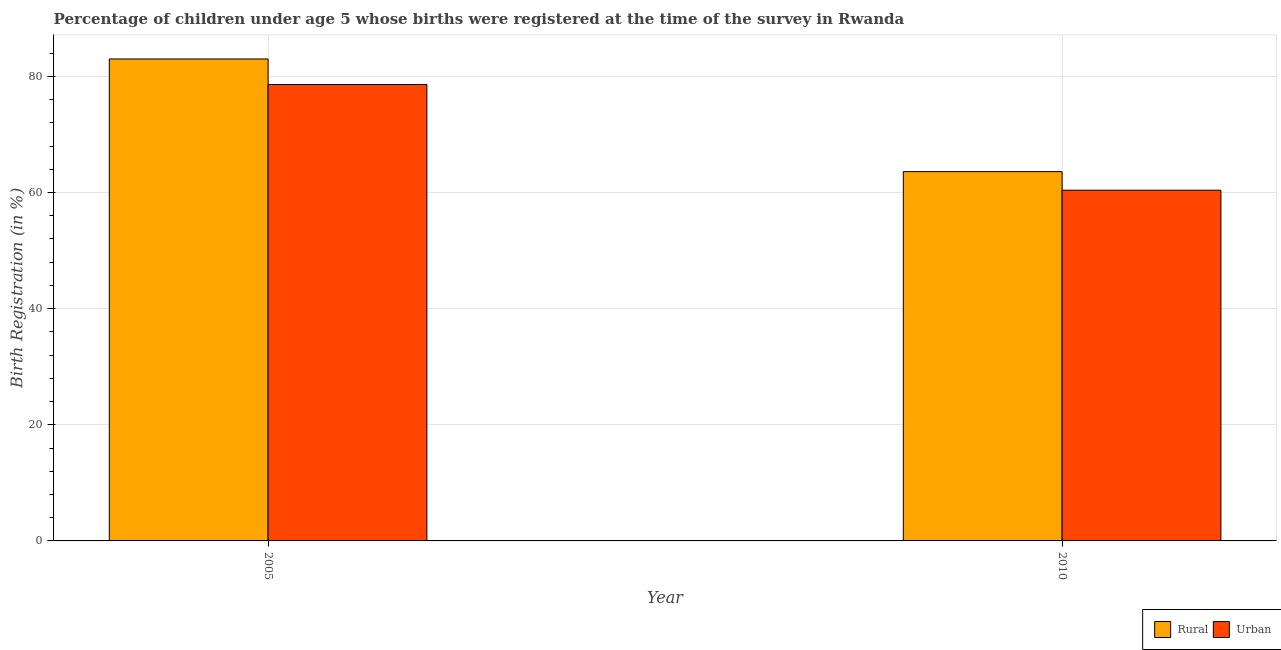
| Year | Rural | Urban |
 | --- | --- | --- |
 | 2005 | 83 | 78.6 |
 | 2010 | 63.6 | 60.4 |